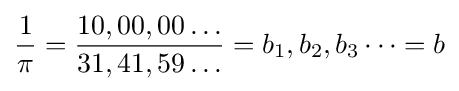
{\frac {1}{\pi }}={\frac {10,00,00\dots }{31,41,59\dots }}=b_{1},b_{2},b_{3}\dots =b